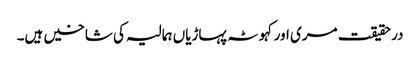
درحقیقت مری اور کہوٹہ پہاڑیاں ہمالیہ کی شاخیں ہیں۔